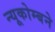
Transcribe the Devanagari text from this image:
न्यूकोम्बने